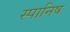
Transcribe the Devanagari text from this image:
स्पानिष